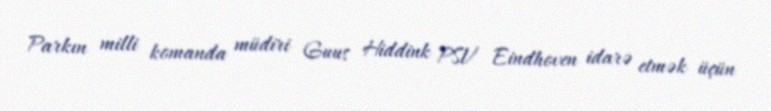
Parkın milli komanda müdiri Guus Hiddink PSV Eindhoven idarə etmək üçün